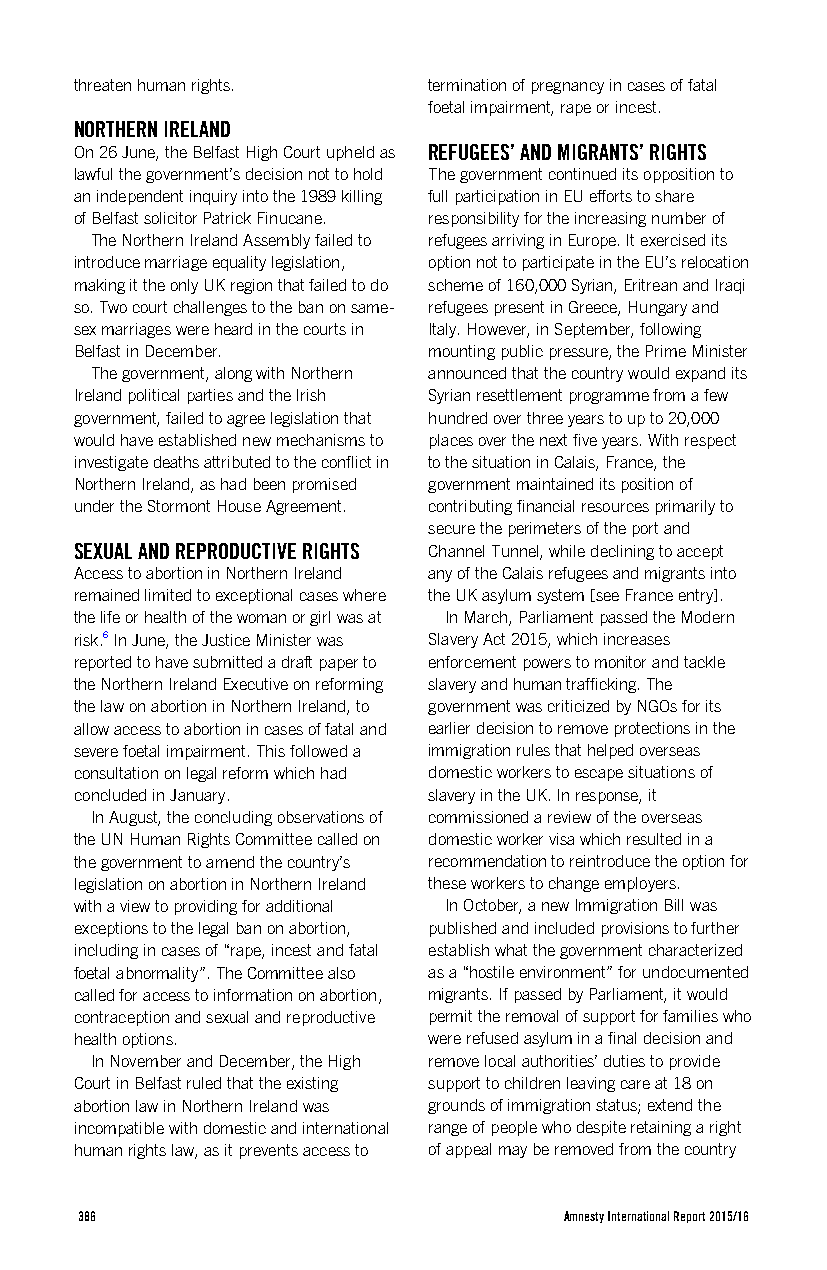
threaten human rights. termination of pregnancy in cases of fatal
 foetal impairment, rape or incest.
 NORTHERN IRELAND
 On 26 June, the Belfast High Court upheld as REFUGEES’ AND MIGRANTS’ RIGHTS
 lawful the government’s decision not to hold The government continued its opposition to
 an independent inquiry into the 1989 killing full participation in EU efforts to share
 of Belfast solicitor Patrick Finucane. responsibility for the increasing number of
 The Northern Ireland Assembly failed to refugees arriving in Europe. It exercised its
 introduce marriage equality legislation, option not to participate in the EU’s relocation
 making it the only UK region that failed to do scheme of 160,000 Syrian, Eritrean and Iraqi
 so. Two court challenges to the ban on same- refugees present in Greece, Hungary and
 sex marriages were heard in the courts in Italy. However, in September, following
 Belfast in December.   mounting public pressure, the Prime Minister
 The government, along with Northern announced that the country would expand its
 Ireland political parties and the Irish Syrian resettlement programme from a few
 government, failed to agree legislation that hundred over three years to up to 20,000
 would have established new mechanisms to places over the next five years. With respect
 investigate deaths attributed to the conflict in to the situation in Calais, France, the
 Northern Ireland, as had been promised government maintained its position of
 under the Stormont House Agreement. contributing financial resources primarily to
 secure the perimeters of the port and
 SEXUAL AND REPRODUCTIVE RIGHTS Channel Tunnel, while declining to accept
 Access to abortion in Northern Ireland any of the Calais refugees and migrants into
 remained limited to exceptional cases where the UK asylum system [see France entry].
 the life or health of the woman or girl was at In March, Parliament passed the Modern
 risk.6 In June, the Justice Minister was Slavery Act 2015, which increases
 reported to have submitted a draft paper to enforcement powers to monitor and tackle
 the Northern Ireland Executive on reforming slavery and human trafficking. The
 the law on abortion in Northern Ireland, to government was criticized by NGOs for its
 allow access to abortion in cases of fatal and earlier decision to remove protections in the
 severe foetal impairment. This followed a immigration rules that helped overseas
 consultation on legal reform which had domestic workers to escape situations of
 concluded in January.  slavery in the UK. In response, it
 In August, the concluding observations of commissioned a review of the overseas
 the UN Human Rights Committee called on domestic worker visa which resulted in a
 the government to amend the country’s recommendation to reintroduce the option for
 legislation on abortion in Northern Ireland these workers to change employers.
 with a view to providing for additional In October, a new Immigration Bill was
 exceptions to the legal ban on abortion, published and included provisions to further
 including in cases of “rape, incest and fatal establish what the government characterized
 foetal abnormality”. The Committee also as a “hostile environment” for undocumented
 called for access to information on abortion, migrants. If passed by Parliament, it would
 contraception and sexual and reproductive permit the removal of support for families who
 health options.        were refused asylum in a final decision and
 In November and December, the High remove local authorities’ duties to provide
 Court in Belfast ruled that the existing support to children leaving care at 18 on
 abortion law in Northern Ireland was grounds of immigration status; extend the
 incompatible with domestic and international range of people who despite retaining a right
 human rights law, as it prevents access to of appeal may be removed from the country
 386                             Amnesty International Report 2015/16